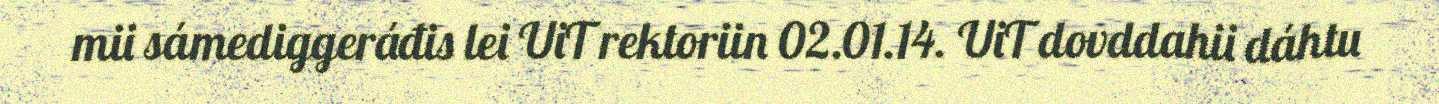
mii sámediggeráđis lei UiT rektoriin 02.01.14. UiT dovddahii dáhtu